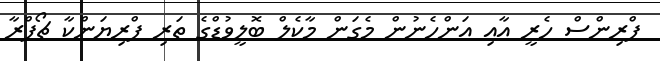
ޕްރިންސް ހެރީ އާއި އަންހެނުން މެގަން މާކެލް ބޮލީވުޑްގެ ތަރި ޕްރިޔަންކާ ޗޯޕްރާ